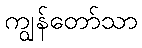
ကျွန်တော်သာ